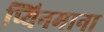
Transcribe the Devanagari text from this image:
प्यिनमाना